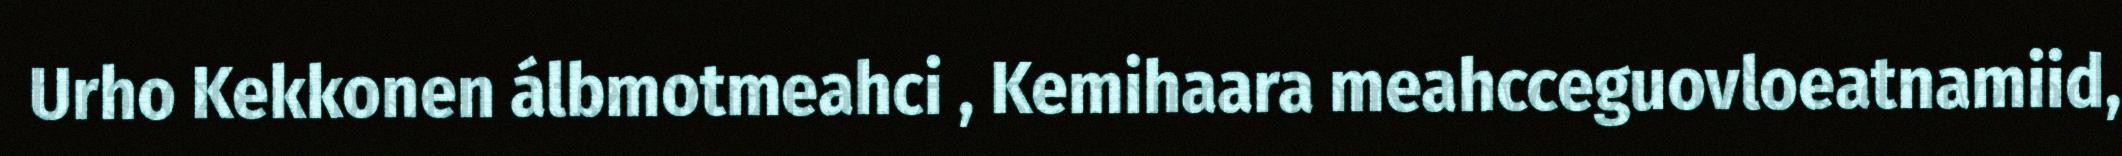
Urho Kekkonen álbmotmeahci , Kemihaara meahcceguovloeatnamiid,